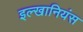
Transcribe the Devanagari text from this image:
इल्खानियंस